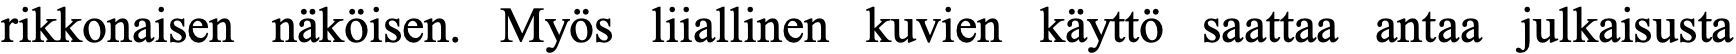
rikkonaisen näköisen. Myös liiallinen kuvien käyttö saattaa antaa julkaisusta